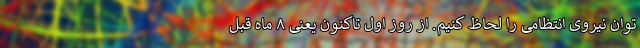
توان نیروی انتظامی را لحاظ کنیم. از روز اول تاکنون یعنی ۸ ماه قبل